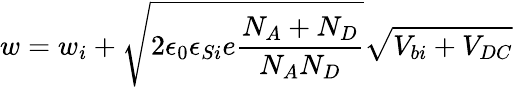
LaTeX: w=w_{i}+\sqrt{2\epsilon_{0}\epsilon_{Si}e\frac{N_{A}+N_{D}}{N_{A}N_{D}}}\sqrt{V_{bi}+V_{DC}}